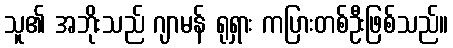
သူ၏ အဘိုးသည် ဂျာမန် ရုရှား ကပြားတစ်ဦးဖြစ်သည်။